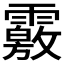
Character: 𩅢